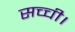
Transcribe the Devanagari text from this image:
सच्ची।